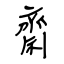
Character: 齋